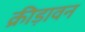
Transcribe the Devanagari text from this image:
क्रीड़ावन